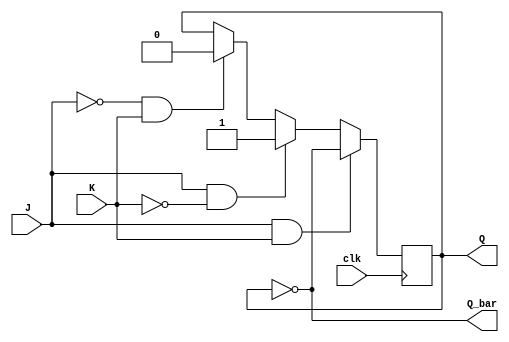
module jk_flip_flop (
    input J,
    input K,
    input clk,
    output reg Q,
    output reg Q_bar
);

always @(posedge clk) begin
    if (J && K) begin
        Q <= ~Q;
    end else if (J && !K) begin
        Q <= 1'b1;
    end else if (!J && K) begin
        Q <= 1'b0;
    end
end

assign Q_bar = ~Q;

endmodule